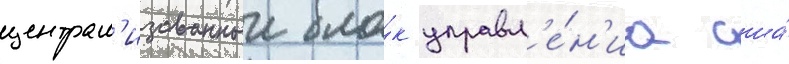
централ'изованныи бло́к управл'е́н'иа сша́